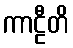
ကာဠီတိ